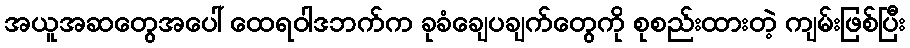
အယူအဆတွေအပေါ် ထေရဝါဒဘက်က ခုခံချေပချက်တွေကို စုစည်းထားတဲ့ ကျမ်းဖြစ်ပြီး